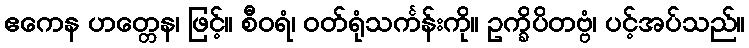
ဧကေန ဟတ္တေန၊ ဖြင့်။ စီဝရံ၊ ဝတ်ရုံသင်္ကန်းကို။ ဥက္ခိပိတဗ္ဗံ၊ ပင့်အပ်သည်။